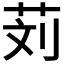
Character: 𰰹